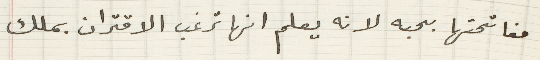
مفاتحتها بحبه لانه يعلم انها ترغب الاقتران بملك